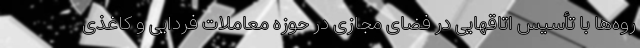
روه‌ها با تأسیس اتاقهایی در فضای مجازی در حوزه معاملات فردایی و کاغذی